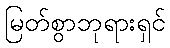
မြတ်စွာဘုရားရှင်